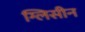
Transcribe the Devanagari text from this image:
ग्लिसीन